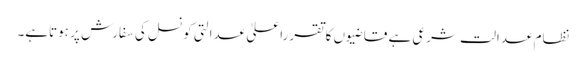
نظامِ عدالت شرعی ہے قاضیوں کاتقرراعلیٰ عدالتی کونسل کی سفارش پر ہوتاہے۔